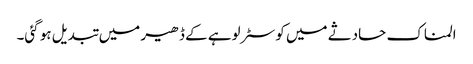
المناک حادثے میں کوسٹر لوہے کے ڈھیر میں تبدیل ہو گئی۔